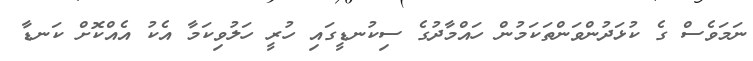
ނަމަވެސް ގެ ކުޅަދުންވަންތަކަމުން ހައްމާދުގެ ސިކުނޑީގައި ހުރީ ހަލުވިކަމާ އެކު އެއްކޮށް ކަނޑާ